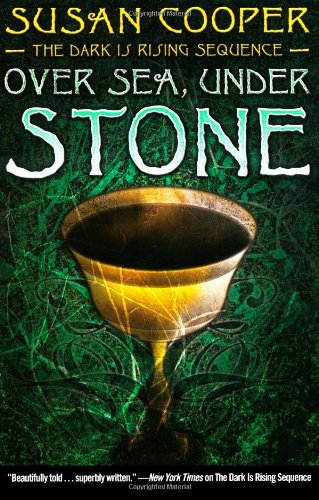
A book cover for Over Sea, Under Stone (The Dark Is Rising Sequence); Susan Cooper; Teen & Young Adult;